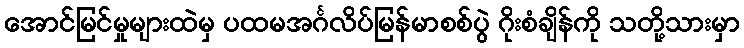
အောင်မြင်မှုများထဲမှ ပထမအင်္ဂလိပ်မြန်မာစစ်ပွဲ ဂိုးစံချိန်ကို သတို့သားမှာ